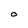
Character: O